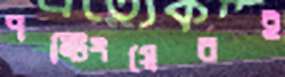
পন্টিংয়েরই